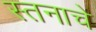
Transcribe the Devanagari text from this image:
स्तनाचे